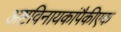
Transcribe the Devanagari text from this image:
अष्टविनायकांपैकीएक